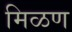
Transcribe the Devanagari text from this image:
मिळण